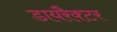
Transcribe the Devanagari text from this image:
डायरैक्टर